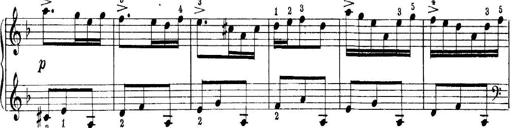
Title: Quatres sonatines
Composer: Tadeusz Joteyko